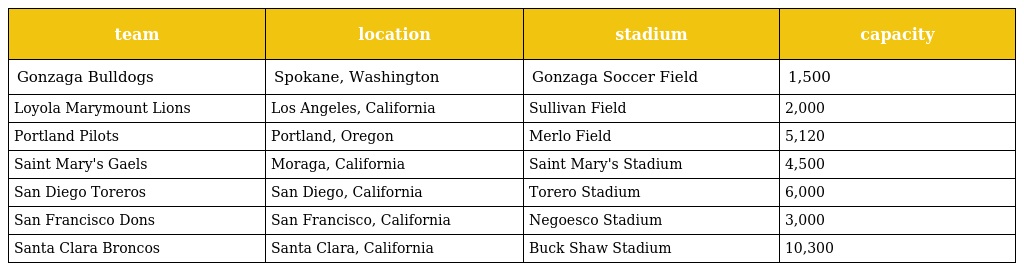
| team | location | stadium | capacity |
 | --- | --- | --- | --- |
 | Gonzaga Bulldogs | Spokane, Washington | Gonzaga Soccer Field | 1,500 |
 | Loyola Marymount Lions | Los Angeles, California | Sullivan Field | 2,000 |
 | Portland Pilots | Portland, Oregon | Merlo Field | 5,120 |
 | Saint Mary's Gaels | Moraga, California | Saint Mary's Stadium | 4,500 |
 | San Diego Toreros | San Diego, California | Torero Stadium | 6,000 |
 | San Francisco Dons | San Francisco, California | Negoesco Stadium | 3,000 |
 | Santa Clara Broncos | Santa Clara, California | Buck Shaw Stadium | 10,300 |